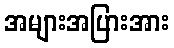
အများအပြားအား